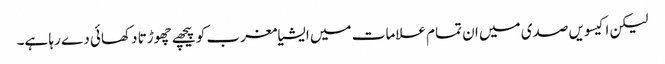
لیکن اکیسویں صدی میں ان تمام علامات میں ایشیا مغرب کو پیچھے چھوڑتا دکھائی دے رہا ہے۔